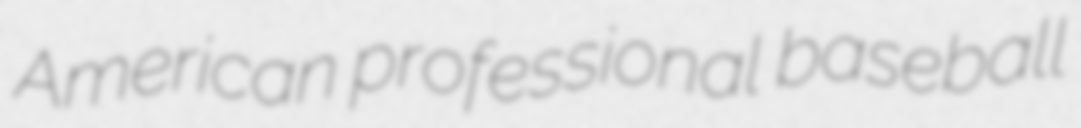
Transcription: American professional baseball